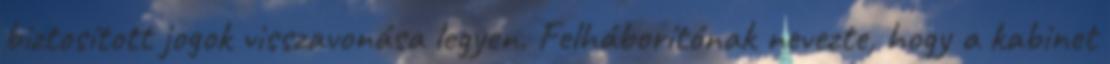
biztosított jogok visszavonása legyen. Felháborítónak nevezte, hogy a kabinet